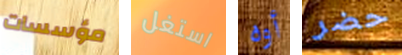
مؤسسات استغل أوه حضر